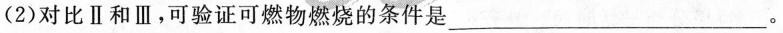
(2)对比Ⅱ和Ⅲ，可验证可燃物燃烧的条件是___.